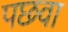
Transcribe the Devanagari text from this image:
पछवा